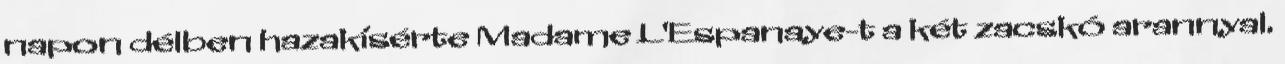
napon délben hazakísérte Madame L'Espanaye-t a két zacskó arannyal.